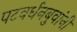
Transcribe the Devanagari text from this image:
पटवर्धनबुवांनी